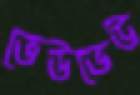
ভেউভেউ